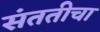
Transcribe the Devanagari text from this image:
संततीचा